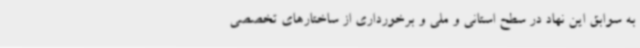
به سوابق این نهاد در سطح استانی و ملی و برخورداری از ساختارهای تخصصی